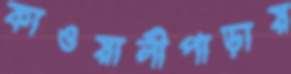
কাওয়ালীপাড়ায়